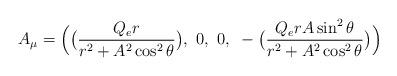
LaTeX: \begin{align*}A_{\mu} = \Bigl(\bigl( {Q_e r \over r^2 + A^2 \cos^2 \theta}\bigr),~0,~0,{}~-\bigl( {Q_e r A\sin^2 \theta \over r^2 + A^2 \cos^2 \theta}\bigr) \Bigr)\end{align*}